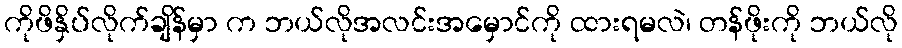
ကိုဖိနှိပ်လိုက်ချိန်မှာ က ဘယ်လိုအလင်းအမှောင်ကို ထားရမလဲ၊ တန်ဖိုးကို ဘယ်လို